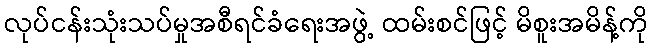
လုပ်ငန်းသုံးသပ်မှုအစီရင်ခံရေးအဖွဲ့ ထမ်းစင်ဖြင့် မိစူးအမိန့်ကို